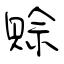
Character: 賒